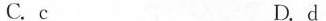
C. c D. d